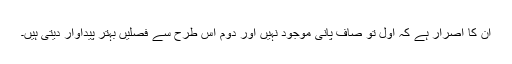
ان کا اصرار ہے کہ اول تو صاف پانی موجود نہیں اور دوم اس طرح سے فصلیں بہتر پیداوار دیتی ہیں۔